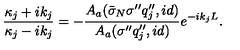
\frac { \kappa _ { j } + i k _ { j } } { \kappa _ { j } - i k _ { j } } = - \frac { A _ { a } ( \bar { \sigma } _ { N } \sigma ^ { \prime \prime } q _ { j } ^ { \prime \prime } , i d ) } { A _ { a } ( \sigma ^ { \prime \prime } q _ { j } ^ { \prime \prime } , i d ) } e ^ { - i k _ { j } L } .